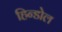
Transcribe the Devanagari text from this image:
हिन्डोल